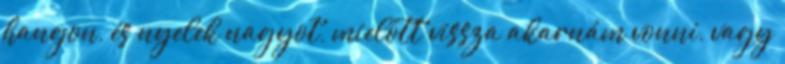
hangon, és nyelek nagyot, mielőtt vissza akarnám vonni, vagy